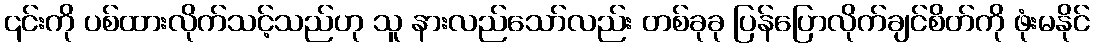
၎င်းကို ပစ်ထားလိုက်သင့်သည်ဟု သူ နားလည်သော်လည်း တစ်ခုခု ပြန်ပြောလိုက်ချင်စိတ်ကို ဖုံးမနိုင်